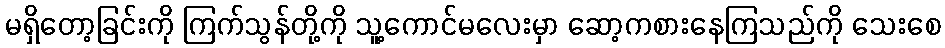
မရှိတော့ခြင်းကို ကြက်သွန်တို့ကို သူ့ကောင်မလေးမှာ ဆော့ကစားနေကြသည်ကို သေးစေ